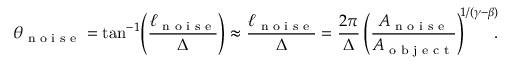
\theta _ { \textrm { n o i s e } } = \tan ^ { - 1 } \! \left( \frac { \ell _ { \textrm { n o i s e } } } { \Delta } \right) \approx \frac { \ell _ { \textrm { n o i s e } } } { \Delta } = \frac { 2 \pi } { \Delta } \left( \frac { A _ { \textrm { n o i s e } } } { A _ { \textrm { o b j e c t } } } \right) ^ { \! \! 1 / ( \gamma - \beta ) } \! \! \! .